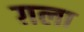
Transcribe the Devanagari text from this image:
ग़ला